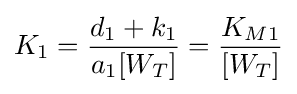
K_{1}={\frac {d_{1}+k_{1}}{a_{1}[W_{T}]}}={\frac {K_{M1}}{[W_{T}]}}